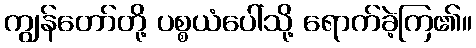
ကျွန်တော်တို့ ပစ္စယံပေါ်သို့ ရောက်ခဲ့ကြ၏။